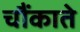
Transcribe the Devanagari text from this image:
चौंकाते